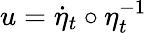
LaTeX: u=\dot{\eta}_{t}\circ\eta_{t}^{-1}